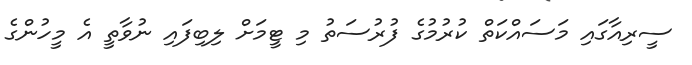
ސީރިއާގައި މަސައްކަތް ކުރުމުގެ ފުރުސަތު މި ޓީމަށް ލިބިފައި ނުވާތީ އެ މީހުންގެ